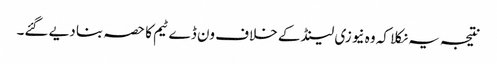
نتیجہ یہ نکلا کہ وہ نیوزی لینڈ کے خلاف ون ڈے ٹیم کا حصہ بنا دیے گئے۔